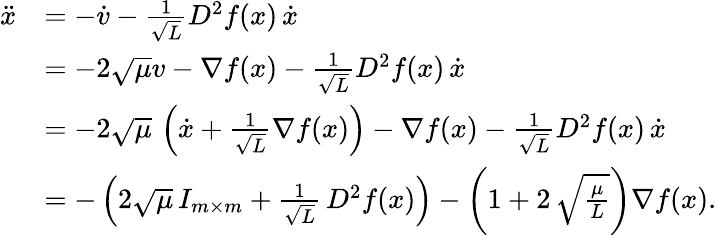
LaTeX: \begin{array}{rl}{\ddot{x}}&{=-\dot{v}-\frac 1{\sqrt L}D^{2}f(x)\, \dot{x}}\\ &{=-2\sqrt\mu v-\nabla f(x)-\frac 1{\sqrt L}D^{2}f(x)\, \dot{x}}\\ &{=-2\sqrt\mu\, \left(\dot{x}+\frac 1{\sqrt L}\nabla f(x)\right)-\nabla f(x)-\frac 1{\sqrt L}D^{2}f(x)\, \dot{x}}\\ &{=-\left(2\sqrt\mu\, I_{m\times m}+\frac 1{\sqrt L}\, D^{2}f(x)\right)-\left(1+2\, \sqrt{\frac\mu L}\right)\nabla f(x).}\end{array}